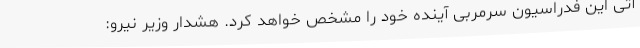
آتی این فدراسیون سرمربی آینده خود را مشخص خواهد کرد. هشدار وزیر نیرو: